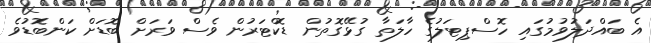
އެ ބައްދަލުވުމުގައި ހޮސްޕިޓަލުގެ ހާލަތާ ގުޅޭގޮތުން ޑޮކްޓަރުން ވެސް ވަރަށް ބޮޑަށް ކަންބޮޑުވެ